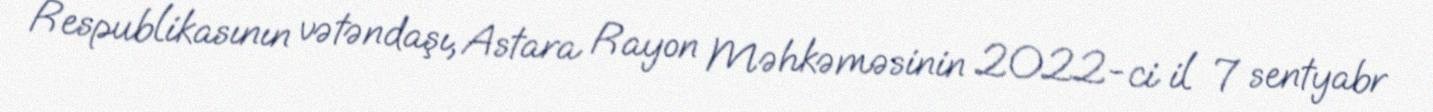
Respublikasının vətəndaşı, Astara Rayon Məhkəməsinin 2022-ci il 7 sentyabr